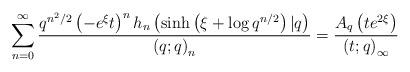
LaTeX: \begin{align*}\sum_{n=0}^{\infty}\frac{q^{n^{2}/2}\left(-e^{\xi}t\right)^{n}h_{n}\left(\sinh\left(\xi+\log q^{n/2}\right)\vert q\right)}{\left(q;q\right)_{n}}=\frac{A_{q}\left(te^{2\xi}\right)}{\left(t;q\right)_{\infty}}\end{align*}